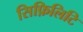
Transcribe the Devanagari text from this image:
सिफ़िलिटि